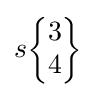
s{\begin{Bmatrix}3\\4\end{Bmatrix}}